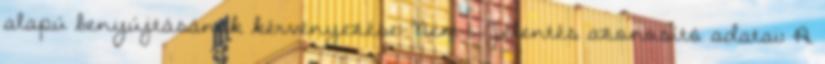
alapú benyújtásának kérvényezése: Nem 1. Jelentés azonosító adatai: A